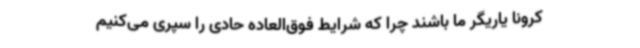
کرونا یاریگر ما باشند چرا که شرایط فوق‌العاده حادی را سپری می‌کنیم